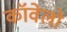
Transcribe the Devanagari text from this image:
कॉवेलो